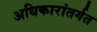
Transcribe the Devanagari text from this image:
अधिकारांतर्गत